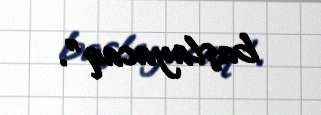
başlayacaq”.